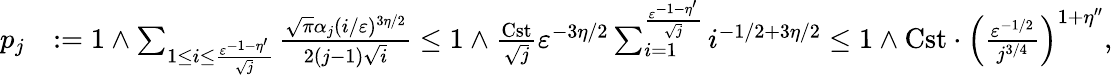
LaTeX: \begin{array}{rl}{p_{j}}&{:=1\wedge\sum_{1\leq i\leq\frac{\varepsilon^{-1-\eta^{\prime}}}{\sqrt{j}}}\frac{\sqrt{\pi}\alpha_{j}(i/\varepsilon)^{3\eta/2}}{2(j-1)\sqrt{i}}\leq 1\wedge\frac{\mathrm{Cst}}{\sqrt{j}}\varepsilon^{-3\eta/2}\sum_{i=1}^{\frac{\varepsilon^{-1-\eta^{\prime}}}{\sqrt{j}}}i^{-1/2+3\eta/2}\leq 1\wedge\mathrm{Cst}\cdot\left(\frac{\varepsilon^{-1/2}}{j^{3/4}}\right)^{1+\eta^{\prime\prime}},}\end{array}